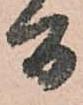
間